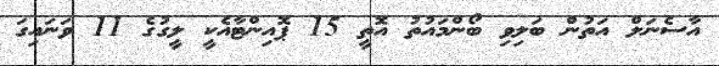
އާސެނަލް އަތުން ބަލިވި ބޯންމައުތު އޮތީ 15 ޕޮއިންޓާއެކީ ލީގުގެ 11 ވަނައިގަ